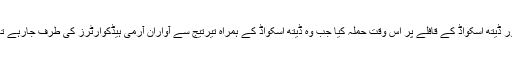
جمعہ کی صبح آواران کے علاقے تیرتیج میں پاکستانی فوج اور ڈیتھ اسکواڈ کے قافلے پر اس وقت حملہ کیا جب وہ ڈیتھ اسکواڈ کے ہمراہ تیرتیج سے آواران آرمی ہیڈکوارٹرز کی طرف جارہے تھے، حملے میں فورسز کو بھاری جانی و مالی نقصان پہنچایا۔